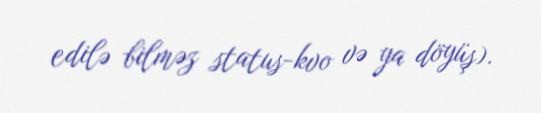
edilə bilməz status-kvo və ya döyüş).